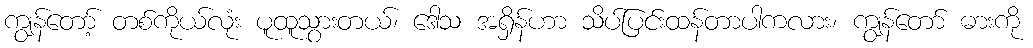
ကျွန်တော့် တစ်ကိုယ်လုံး ပူထူသွားတယ်၊ ဒေါသ အရှိန်ဟာ သိပ်ပြင်းထန်တာပါကလား၊ ကျွန်တော် ဓားကို